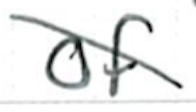
Text: of
Cross-out: diagonal
Writing tool: ballpoint